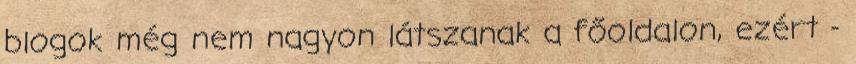
blogok még nem nagyon látszanak a főoldalon, ezért -